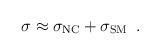
LaTeX: \begin{align*}\sigma \approx \sigma_{{\rm NC}} + \sigma_{{\rm SM}} \,\,\, .\end{align*}